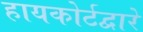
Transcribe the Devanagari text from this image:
हायकोर्टद्वारे